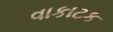
વાકાટક